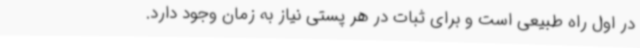
در اول راه طبیعی است و برای ثبات در هر پستی نیاز به زمان وجود دارد.